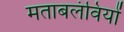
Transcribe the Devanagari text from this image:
मताबलंवियों